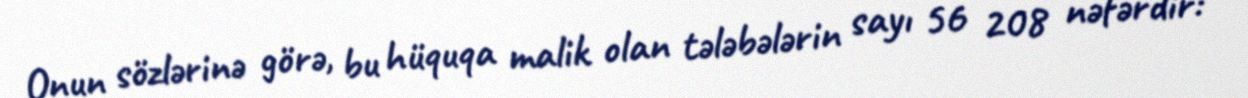
Onun sözlərinə görə, bu hüquqa malik olan tələbələrin sayı 56 208 nəfərdir: